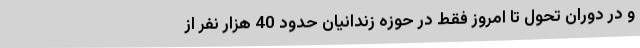
و در دوران تحول تا امروز فقط در حوزه زندانیان حدود 40 هزار نفر از